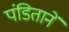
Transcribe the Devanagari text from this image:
पंडितानें